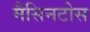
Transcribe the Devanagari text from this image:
मैसिनटोस